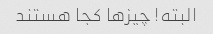
البته! چیزها کجا هستند